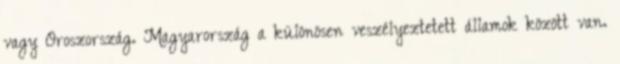
vagy Oroszország. Magyarország a különösen veszélyeztetett államok között van.